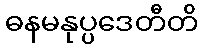
ဓနမနုပ္ပဒေတီတိ